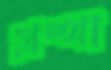
গ্রন্থা